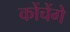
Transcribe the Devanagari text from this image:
कोंचेंगे